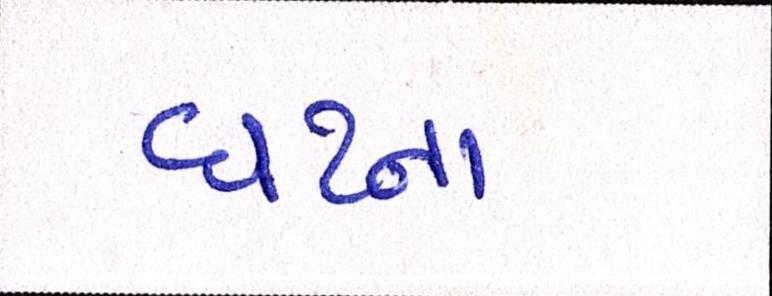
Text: ઘટના